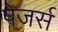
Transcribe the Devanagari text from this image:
पेजर्स